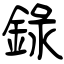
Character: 錄